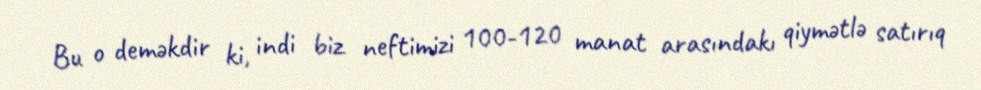
Bu o deməkdir ki, indi biz neftimizi 100-120 manat arasındakı qiymətlə satırıq